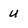
Character: u